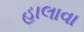
હાલાવા